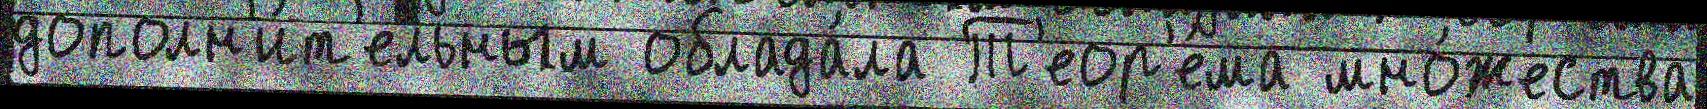
дополн'и́т'ельным облада́ла Т'еор'е́ма мно́жества